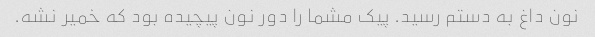
نون داغ به دستم رسید. پیک مشما را دور نون پیچیده بود که خمیر نشه.